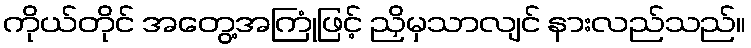
ကိုယ်တိုင် အတွေ့အကြုံဖြင့် ညှိမှသာလျင် နားလည်သည်။